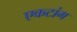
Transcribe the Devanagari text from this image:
एकटांग